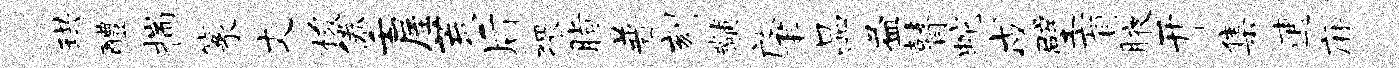
珙醴揣篆丈梭倦壬屋荒后猥脂普刻黼肇品益瞽蛇戍壁盲腋开集逋麻